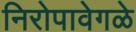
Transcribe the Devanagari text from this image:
निरोपावेगळे